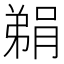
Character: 𮌬